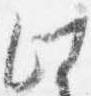
此